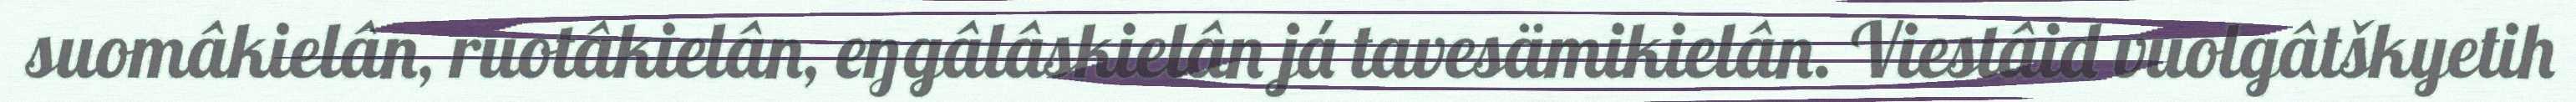
suomâkielân, ruotâkielân, eŋgâlâskielân já tavesämikielân. Viestâid vuolgâtškyetih